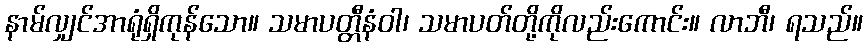
နာမ်လျှင်အာရုံရှိကုန်သော။ သမာပတ္တီနံဝါ၊ သမာပတ်တို့ကိုလည်းကောင်း။ လာဘီ၊ ရသည်။